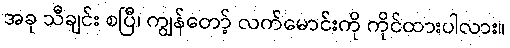
အခု သီချင်း စပြီ၊ ကျွန်တော့် လက်မောင်းကို ကိုင်ထားပါလား။